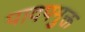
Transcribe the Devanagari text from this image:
पादपमुक्त